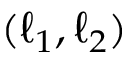
( \ell _ { 1 } , \ell _ { 2 } )